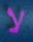
لا